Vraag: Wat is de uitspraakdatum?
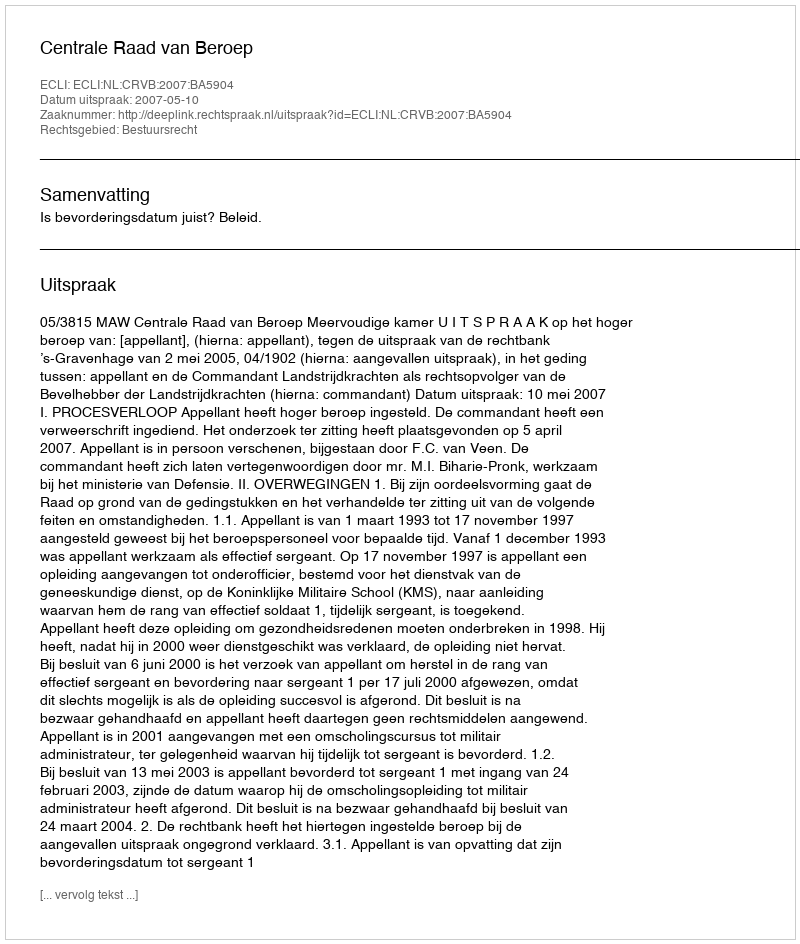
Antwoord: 2007-05-10